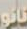
نانو